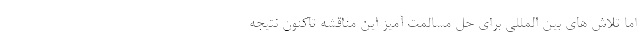
اما تلاش های بین المللی برای حل مسالمت آمیز این مناقشه تاکنون نتیجه